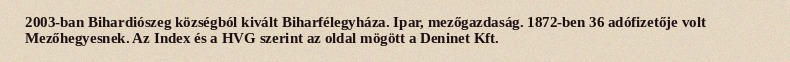
2003-ban Bihardiószeg községból kivált Biharfélegyháza. Ipar, mezőgazdaság. 1872-ben 36 adófizetője volt Mezőhegyesnek. Az Index és a HVG szerint az oldal mögött a Deninet Kft.